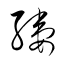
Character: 縷